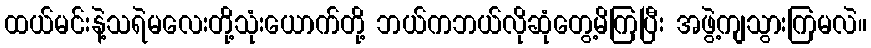
ထယ်မင်းနဲ့သရဲမလေးတို့သုံးယောက်တို့ ဘယ်ကဘယ်လိုဆုံတွေ့မိကြပြီး အဖွဲ့ကျသွားကြမလဲ။